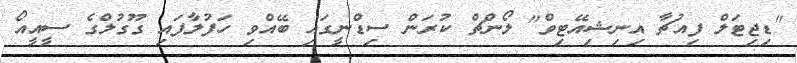
"ޑިޖިޓަލް ފިއުޗާ އިނިޝިއޭޓިވް" ލޯންޗް ކުރަން ސިޑްނީގައި ބޭއްވި ހަފުލާފައި ގޫގުލްގެ ސީއީއޯ